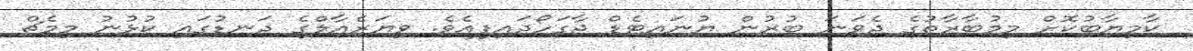
ކާމިޔާބުކޮށް މިމުބާރާތުގެ ދެވަނަ ބުރުން ޔުނައިޓެޑް ޖާގަހޯދައިފިއެވެ. ވިޔަރެއާލްގެ ދަނޑުގައި ކުޅުނު މިމެޗް